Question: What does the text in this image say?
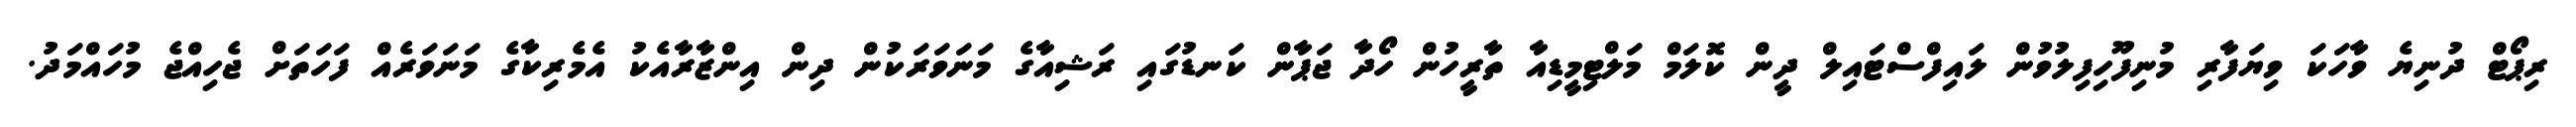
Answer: ރިޕޯޓް ދުނިޔެ ވާހަކަ ވިޔަފާރި މުނިފޫހިފިލުވުން ލައިފްސްޓައިލް ދީން ކޮލަމް މަލްޓިމީޑިއާ ތާރީހުން ހޯދާ ޖަޕާން ކަނޑުގައި ރަޝިއާގެ މަނަވަރަކުން ދިން އިންޒާރާއެކު އެމެރިކާގެ މަނަވަރެއް ފަހަތަށް ޖެހިއްޖެ މުހައްމަދު.